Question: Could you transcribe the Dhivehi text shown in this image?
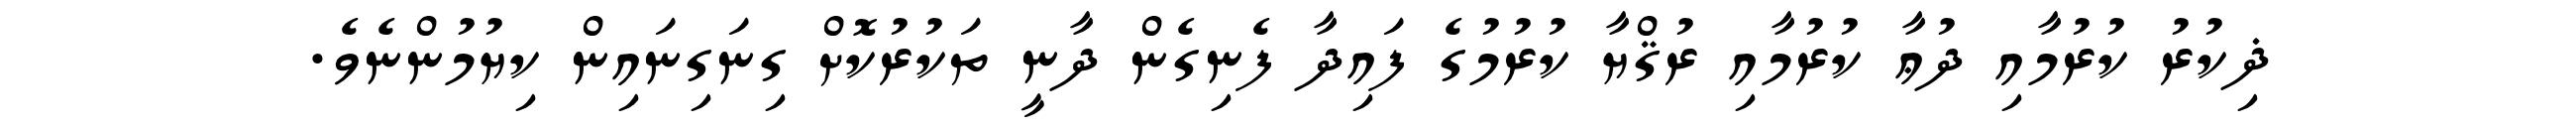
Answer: ޛިކުރު ކުރުމާއި ދުޢާ ކުރުމާއި ރުޤްޔާ ކުރުމުގެ ފައިދާ ފެނިގެން ދާނީ ތަކުރުކޮށް ގިނަގިނައިން ކިޔުމުންނެވެ.